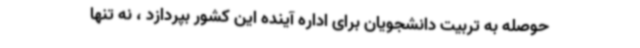
حوصله به تربیت دانشجویان برای اداره آینده این کشور بپردازد ، نه تنها